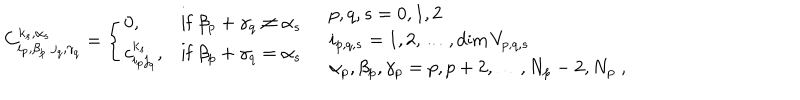
C _ { i _ { p } , \beta _ { p } \; j _ { q } , \gamma _ { q } } ^ { k _ { s } , \alpha _ { s } } = \left\{ \begin{array} { l l l } { { 0 , } } & { { \mathrm { i f } \ \beta _ { p } + \gamma _ { q } \neq \alpha _ { s } } } \\ { { c _ { i _ { p } j _ { q } } ^ { k _ { s } } , } } & { { \mathrm { i f } \ \beta _ { p } + \gamma _ { q } = \alpha _ { s } } } \\ \end{array} \right. \quad \begin{array} { l } { { p , q , s = 0 , 1 , 2 } } \\ { { i _ { p , q , s } = 1 , 2 , \ldots , \textrm { d i m } \, V _ { p , q , s } } } \\ { { \alpha _ { p } , \beta _ { p } , \gamma _ { p } = p , p + 2 , \ldots , N _ { p } - 2 , N _ { p } \; , } } \\ \end{array}